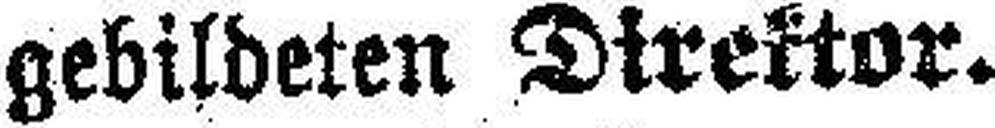
gebildeten Direktor.